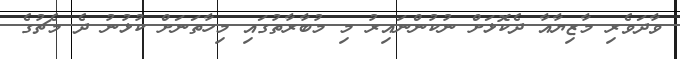
ވާދަވެރި މާޒިޔާއާ ދެކޮޅަށް ނުކުންނައިރު މި މުބާރާތުގައި މިހާތަނަށް ކުޅުނު ދެ މެޗުގެ